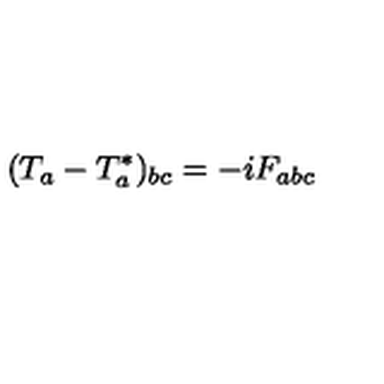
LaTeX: ( T _ { a } - T _ { a } ^ { \ast } ) _ { b c } = - i F _ { a b c }